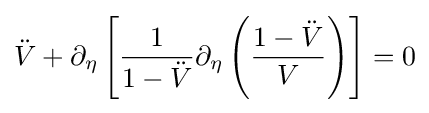
{\ddot {V}}+\partial _{\eta }\left[{\frac {1}{1-{\ddot {V}}}}\partial _{\eta }\left({\frac {1-{\ddot {V}}}{V}}\right)\right]=0